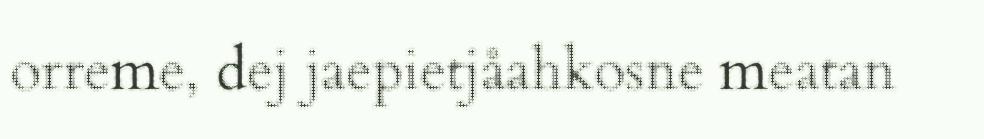
orreme, dej jaepietjåahkosne meatan